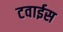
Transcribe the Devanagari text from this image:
टवाईस